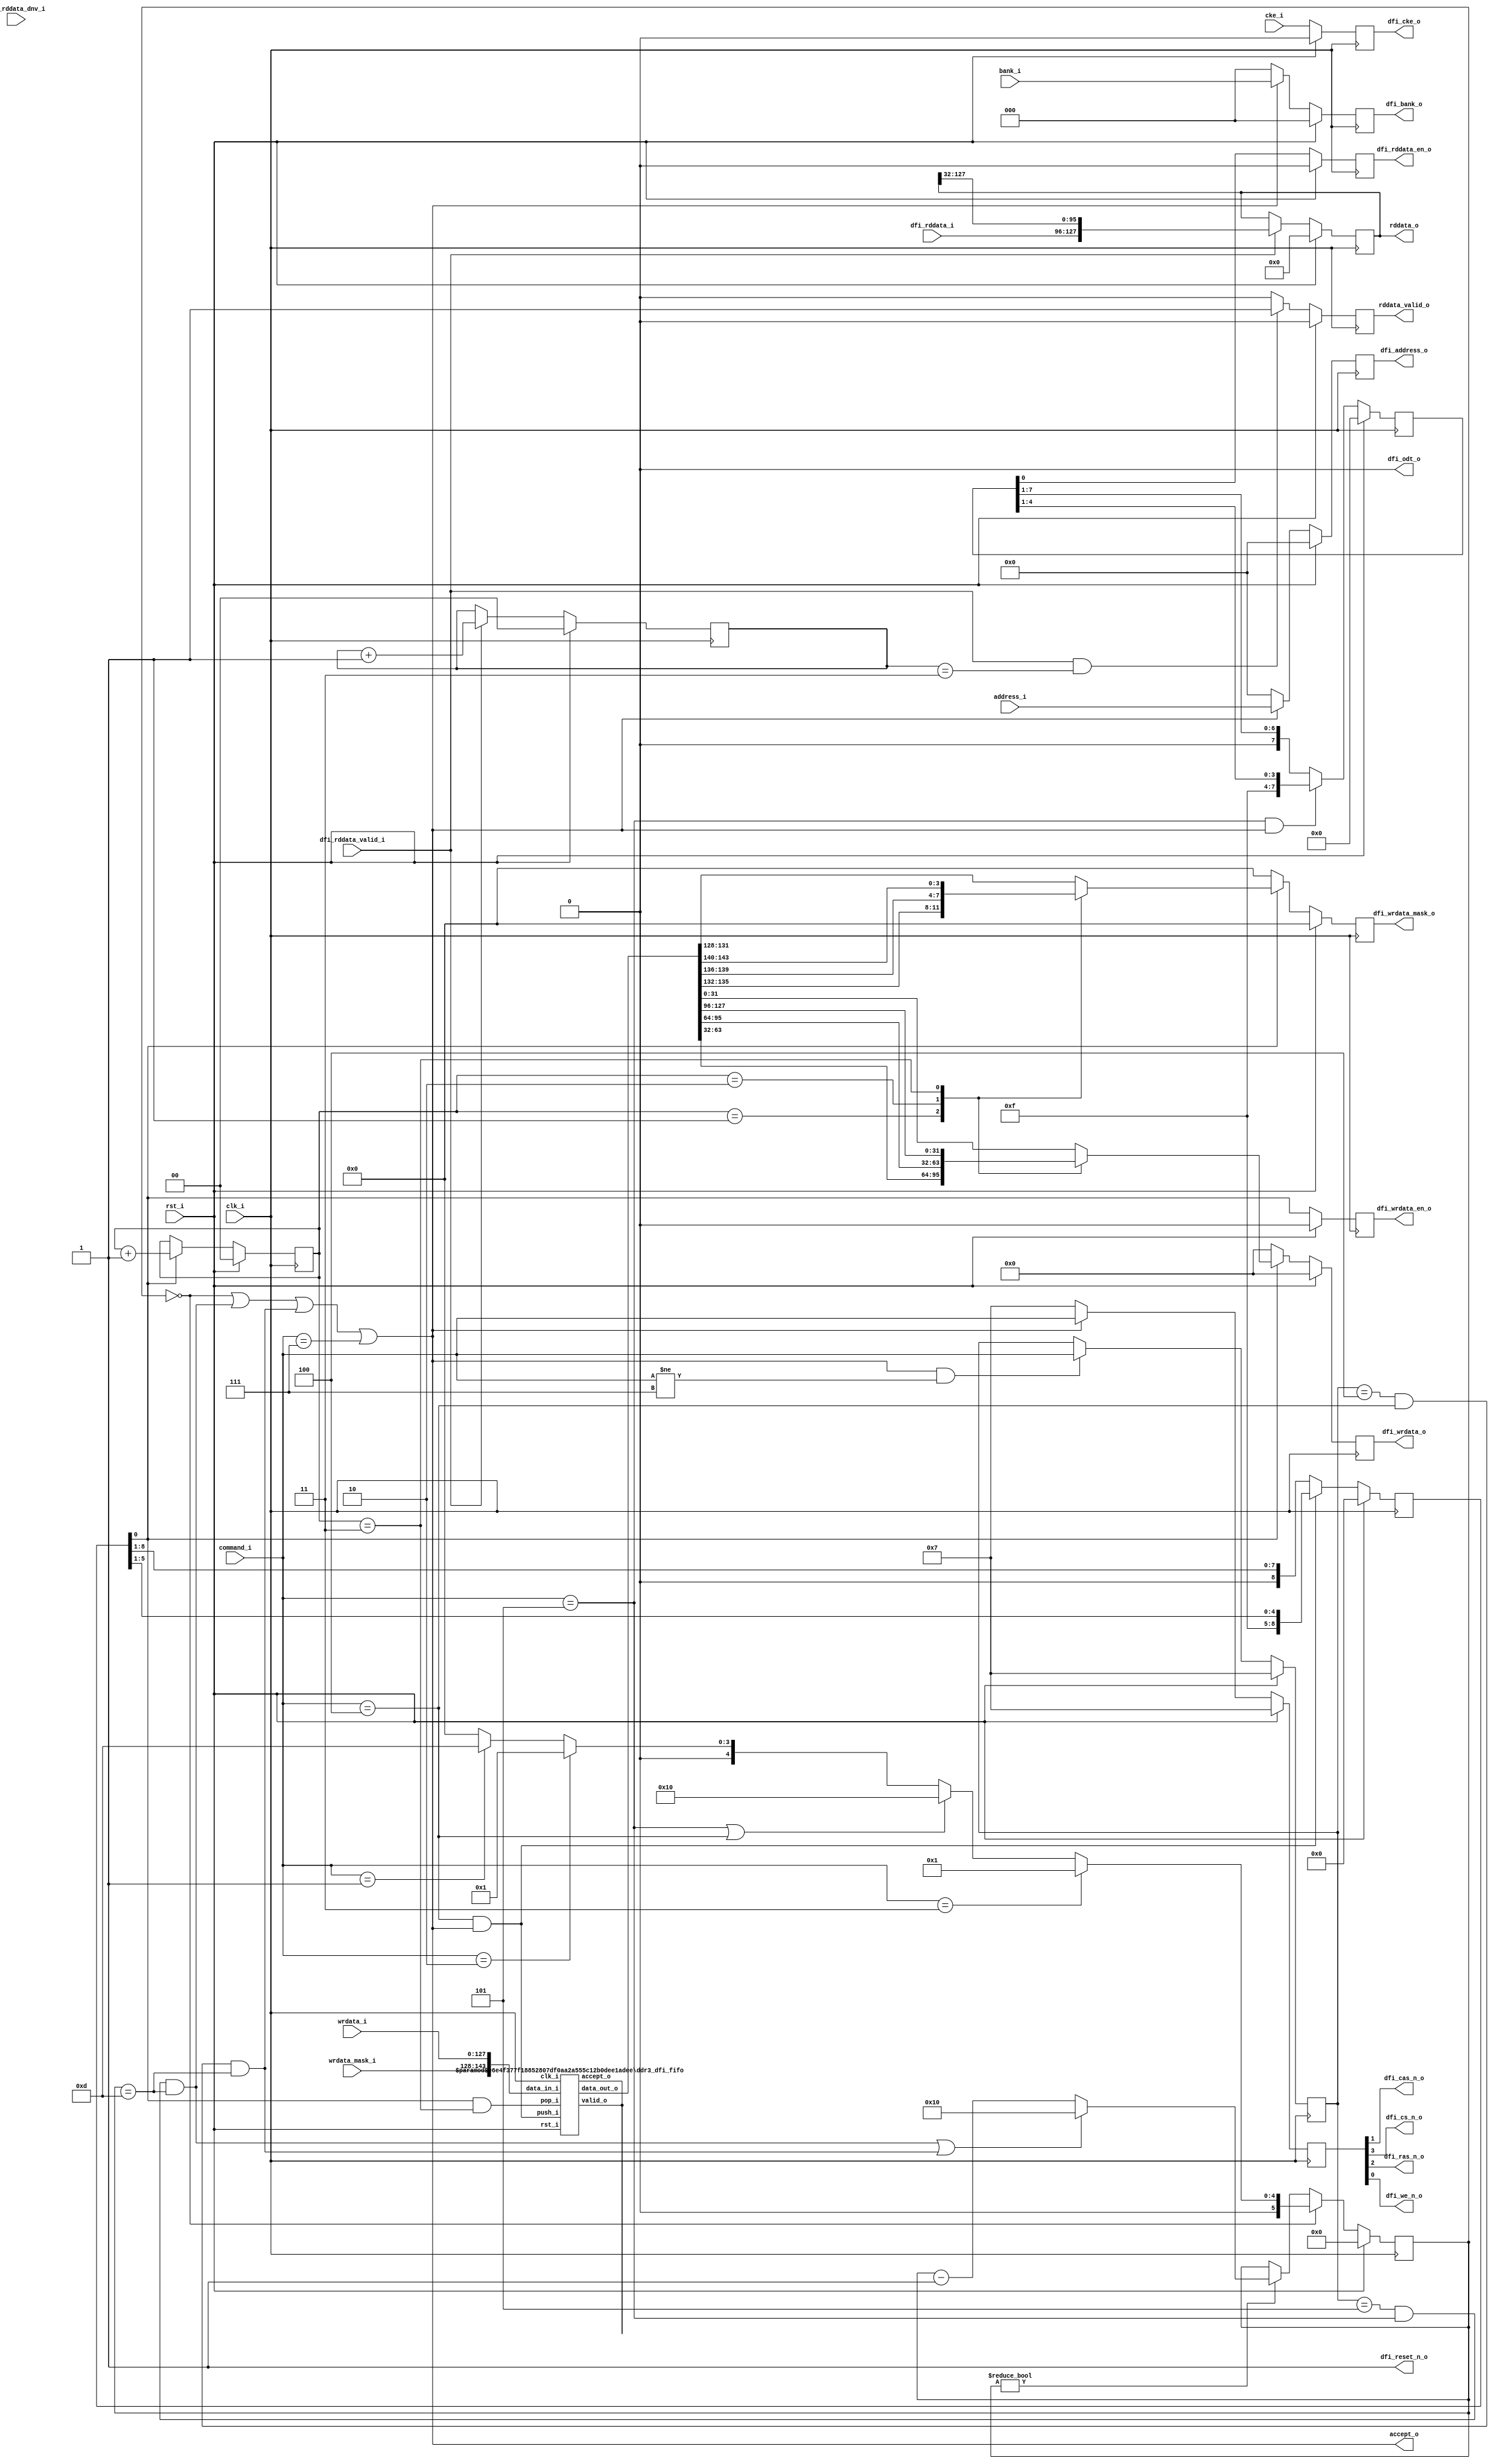
//-----------------------------------------------------------------
//              Lightweight DDR3 Memory Controller
//                            V0.5
//                     Ultra-Embedded.com
//                     Copyright 2020-21
//
//                   admin@ultra-embedded.com
//
//                     License: Apache 2.0
//-----------------------------------------------------------------
// Copyright 2020-21 Ultra-Embedded.com
// 
// Licensed under the Apache License, Version 2.0 (the "License");
// you may not use this file except in compliance with the License.
// You may obtain a copy of the License at
// 
//     http://www.apache.org/licenses/LICENSE-2.0
// 
// Unless required by applicable law or agreed to in writing, software
// distributed under the License is distributed on an "AS IS" BASIS,
// WITHOUT WARRANTIES OR CONDITIONS OF ANY KIND, either express or implied.
// See the License for the specific language governing permissions and
// limitations under the License.
//-----------------------------------------------------------------

module ddr3_dfi_seq
//-----------------------------------------------------------------
// Params
//-----------------------------------------------------------------
#(
     parameter DDR_MHZ          = 50
    ,parameter DDR_WRITE_LATENCY = 6
    ,parameter DDR_READ_LATENCY = 5
    ,parameter DDR_BURST_LEN    = 4
    ,parameter DDR_COL_W        = 9
    ,parameter DDR_BANK_W       = 3
    ,parameter DDR_ROW_W        = 15
    ,parameter DDR_DATA_W       = 32
    ,parameter DDR_DQM_W        = 4
)
//-----------------------------------------------------------------
// Ports
//-----------------------------------------------------------------
(
    // Inputs
     input           clk_i
    ,input           rst_i
    ,input  [ 14:0]  address_i
    ,input  [  2:0]  bank_i
    ,input  [  3:0]  command_i
    ,input           cke_i
    ,input  [127:0]  wrdata_i
    ,input  [ 15:0]  wrdata_mask_i
    ,input  [ 31:0]  dfi_rddata_i
    ,input           dfi_rddata_valid_i
    ,input  [  1:0]  dfi_rddata_dnv_i

    // Outputs
    ,output          accept_o
    ,output [127:0]  rddata_o
    ,output          rddata_valid_o
    ,output [ 14:0]  dfi_address_o
    ,output [  2:0]  dfi_bank_o
    ,output          dfi_cas_n_o
    ,output          dfi_cke_o
    ,output          dfi_cs_n_o
    ,output          dfi_odt_o
    ,output          dfi_ras_n_o
    ,output          dfi_reset_n_o
    ,output          dfi_we_n_o
    ,output [ 31:0]  dfi_wrdata_o
    ,output          dfi_wrdata_en_o
    ,output [  3:0]  dfi_wrdata_mask_o
    ,output          dfi_rddata_en_o
);



localparam CYCLE_TIME_NS     = 1000 / DDR_MHZ;

// DDR timing
localparam DDR_TRCD_CYCLES   = (15 + (CYCLE_TIME_NS-1)) / CYCLE_TIME_NS;
localparam DDR_TRP_CYCLES    = (15 + (CYCLE_TIME_NS-1)) / CYCLE_TIME_NS;
localparam DDR_TRFC_CYCLES   = (260 + (CYCLE_TIME_NS-1)) / CYCLE_TIME_NS;
localparam DDR_TWTR_CYCLES   = 5 + 1;

// Standard R/W -> W->R (non-sequential)
localparam DDR_RW_NONSEQ_CYCLES = DDR_WRITE_LATENCY + DDR_BURST_LEN + DDR_TWTR_CYCLES;
localparam DDR_RW_SEQ_CYCLES    = DDR_RW_NONSEQ_CYCLES + 1 - DDR_BURST_LEN;

localparam CMD_W             = 4;
localparam CMD_NOP           = 4'b0111;
localparam CMD_ACTIVE        = 4'b0011;
localparam CMD_READ          = 4'b0101;
localparam CMD_WRITE         = 4'b0100;
localparam CMD_ZQCL          = 4'b0110;
localparam CMD_PRECHARGE     = 4'b0010;
localparam CMD_REFRESH       = 4'b0001;
localparam CMD_LOAD_MODE     = 4'b0000;

localparam tPHY_WRLAT        = DDR_WRITE_LATENCY-1;
localparam tPHY_RDLAT        = DDR_READ_LATENCY-1;

localparam DELAY_W = 6;

reg [DELAY_W-1:0] delay_q;
reg [DELAY_W-1:0] delay_r;

//-----------------------------------------------------------------
// Write data FIFO
//-----------------------------------------------------------------
wire [127:0] wrdata_w;
wire [15:0]  wrdata_mask_w;
wire         write_pop_w;

ddr3_dfi_fifo
#(
     .WIDTH(144)
    ,.DEPTH(4)
    ,.ADDR_W(2)
)
u_write_fifo
(
     .clk_i(clk_i)
    ,.rst_i(rst_i)

    ,.push_i(command_i == CMD_WRITE && accept_o)
    ,.data_in_i({wrdata_mask_i, wrdata_i})
    ,.accept_o()

    ,.valid_o()
    ,.data_out_o({wrdata_mask_w, wrdata_w})
    ,.pop_i(write_pop_w)
);

//-----------------------------------------------------------------
// Last command
//-----------------------------------------------------------------
reg [CMD_W-1:0] last_cmd_q;
always @ (posedge clk_i )
if (rst_i)
    last_cmd_q       <= CMD_NOP;
else if (accept_o && command_i != CMD_NOP)
    last_cmd_q       <= command_i;

//-----------------------------------------------------------------
// Write accept
//-----------------------------------------------------------------
localparam CMD_ACCEPT_W = 9;
reg [CMD_ACCEPT_W-1:0] wr_accept_q;
always @ (posedge clk_i )
if (rst_i)
    wr_accept_q       <= {(CMD_ACCEPT_W){1'b0}};
else if (command_i == CMD_WRITE && delay_q == {DELAY_W{1'b0}})
    wr_accept_q       <= {1'b1, wr_accept_q[CMD_ACCEPT_W-1:1]};
else
    wr_accept_q       <= {1'b0, wr_accept_q[CMD_ACCEPT_W-1:1]};

wire read_early_accept_w  = (last_cmd_q == CMD_READ  && command_i == CMD_READ && delay_q == DDR_RW_SEQ_CYCLES);
wire write_early_accept_w = (last_cmd_q == CMD_WRITE && command_i == CMD_WRITE && delay_q == DDR_RW_SEQ_CYCLES);

assign accept_o  = (delay_q == {DELAY_W{1'b0}}) || read_early_accept_w || write_early_accept_w || (command_i == CMD_NOP);

//-----------------------------------------------------------------
// Write Enable
//-----------------------------------------------------------------
localparam WR_SHIFT_W = tPHY_WRLAT+DDR_BURST_LEN;
reg [WR_SHIFT_W-1:0] wr_en_q;
always @ (posedge clk_i )
if (rst_i)
    wr_en_q       <= {(WR_SHIFT_W){1'b0}};
else if (command_i == CMD_WRITE && accept_o)
    wr_en_q       <= {{(DDR_BURST_LEN){1'b1}}, wr_en_q[tPHY_WRLAT:1]};
else
    wr_en_q       <= {1'b0, wr_en_q[WR_SHIFT_W-1:1]};

wire wr_en_w = wr_en_q[0];

//-----------------------------------------------------------------
// Read Enable
//-----------------------------------------------------------------
localparam RD_SHIFT_W = tPHY_RDLAT+DDR_BURST_LEN;
reg [RD_SHIFT_W-1:0] rd_en_q;
always @ (posedge clk_i )
if (rst_i)
    rd_en_q       <= {(RD_SHIFT_W){1'b0}};
else if (command_i == CMD_READ && accept_o)
    rd_en_q       <= {{(DDR_BURST_LEN){1'b1}}, rd_en_q[tPHY_RDLAT:1]};
else
    rd_en_q       <= {1'b0, rd_en_q[RD_SHIFT_W-1:1]};

wire rd_en_w = rd_en_q[0];

//-----------------------------------------------------------------
// Delays
//-----------------------------------------------------------------
/* verilator lint_off WIDTH */

always @ *
begin
    delay_r = delay_q;

    if (delay_q == {DELAY_W{1'b0}})
    begin
        //-----------------------------------------
        // ACTIVATE
        //-----------------------------------------
        if (command_i == CMD_ACTIVE)
        begin
            // tRCD (ACTIVATE -> READ / WRITE)
            delay_r = DDR_TRCD_CYCLES;        
        end
        //-----------------------------------------
        // READ / WRITE
        //-----------------------------------------
        else if (command_i == CMD_READ || command_i == CMD_WRITE)
        begin
            delay_r = DDR_RW_NONSEQ_CYCLES;
        end
        //-----------------------------------------
        // PRECHARGE
        //-----------------------------------------
        else if (command_i == CMD_PRECHARGE)
        begin
            // tRP (PRECHARGE -> ACTIVATE)
            delay_r = DDR_TRP_CYCLES;
        end
        //-----------------------------------------
        // REFRESH
        //-----------------------------------------
        else if (command_i == CMD_REFRESH)
        begin
            // tRFC
            delay_r = DDR_TRFC_CYCLES;
        end
        //-----------------------------------------
        // Others
        //-----------------------------------------
        else
            delay_r = {DELAY_W{1'b0}};
    end
    else if (delay_r != {DELAY_W{1'b0}})
    begin
        delay_r = delay_q - 4'd1;

        // Read to Read, Write to Write
        if (read_early_accept_w || write_early_accept_w)
        begin
            delay_r = DDR_RW_NONSEQ_CYCLES;
        end
    end
end
/* verilator lint_on WIDTH */

always @ (posedge clk_i )
if (rst_i)
    delay_q <= {DELAY_W{1'b0}};
else
    delay_q <= delay_r;

//-----------------------------------------------------------------
// Drive Flops
//-----------------------------------------------------------------
reg [CMD_W-1:0]      command_q;
reg [DDR_ROW_W-1:0]  addr_q;
reg [DDR_BANK_W-1:0] bank_q;
reg                  cke_q;

always @ (posedge clk_i )
if (rst_i)
begin
    command_q       <= CMD_NOP;
    addr_q          <= {DDR_ROW_W{1'b0}};
    bank_q          <= {DDR_BANK_W{1'b0}};
end
else if (accept_o)
begin
    command_q       <= command_i;
    addr_q          <= address_i;
    bank_q          <= bank_i;
end
else
begin
    command_q       <= CMD_NOP;
    addr_q          <= {DDR_ROW_W{1'b0}};
    bank_q          <= {DDR_BANK_W{1'b0}};
end

always @ (posedge clk_i )
if (rst_i)
    cke_q           <= 1'b0; 
else
    cke_q           <= cke_i;

assign dfi_address_o     = addr_q;
assign dfi_bank_o        = bank_q;
assign dfi_cs_n_o        = command_q[3];
assign dfi_ras_n_o       = command_q[2];
assign dfi_cas_n_o       = command_q[1];
assign dfi_we_n_o        = command_q[0];
assign dfi_cke_o         = cke_q;
assign dfi_odt_o         = 1'b0;
assign dfi_reset_n_o     = 1'b1;

//-----------------------------------------------------------------
// Write Data
//-----------------------------------------------------------------
reg [DDR_DATA_W-1:0] dfi_wrdata_q;
reg [DDR_DQM_W-1:0]  dfi_wrdata_mask_q;
reg [1:0] dfi_wr_idx_q;

always @ (posedge clk_i )
if (rst_i)
begin
    dfi_wrdata_q        <= {DDR_DATA_W{1'b0}};
    dfi_wrdata_mask_q   <= {DDR_DQM_W{1'b0}};
    dfi_wr_idx_q        <= 2'b0;
end
else if (wr_en_w)
begin
    case (dfi_wr_idx_q)
    default: dfi_wrdata_q  <= wrdata_w[31:0];
    2'd1:    dfi_wrdata_q  <= wrdata_w[63:32];
    2'd2:    dfi_wrdata_q  <= wrdata_w[95:64];
    2'd3:    dfi_wrdata_q  <= wrdata_w[127:96];
    endcase

    case (dfi_wr_idx_q)
    default: dfi_wrdata_mask_q  <= wrdata_mask_w[3:0];
    2'd1:    dfi_wrdata_mask_q  <= wrdata_mask_w[7:4];
    2'd2:    dfi_wrdata_mask_q  <= wrdata_mask_w[11:8];
    2'd3:    dfi_wrdata_mask_q  <= wrdata_mask_w[15:12];
    endcase

    dfi_wr_idx_q <= dfi_wr_idx_q + 2'd1;
end
else
begin
    dfi_wrdata_q        <= {DDR_DATA_W{1'b0}};
    dfi_wrdata_mask_q   <= {DDR_DQM_W{1'b0}};
end

assign write_pop_w       = wr_en_w && (dfi_wr_idx_q == 2'd3);

assign dfi_wrdata_o      = dfi_wrdata_q;
assign dfi_wrdata_mask_o = dfi_wrdata_mask_q;

// Make sure dfi_wrdata_en is synchronous
reg dfi_wrdata_en_q;

always @ (posedge clk_i )
if (rst_i)
    dfi_wrdata_en_q <= 1'b0;
else
    dfi_wrdata_en_q <= wr_en_w;

assign dfi_wrdata_en_o   = dfi_wrdata_en_q;

// Make sure dfi_rddata_en is synchronous
reg dfi_rddata_en_q;

always @ (posedge clk_i )
if (rst_i)
    dfi_rddata_en_q <= 1'b0;
else
    dfi_rddata_en_q <= rd_en_w;

assign dfi_rddata_en_o   = dfi_rddata_en_q;

//-----------------------------------------------------------------
// Read Data
//-----------------------------------------------------------------
reg [1:0] dfi_rd_idx_q;

always @ (posedge clk_i )
if (rst_i)
    dfi_rd_idx_q <= 2'b0;
else if (dfi_rddata_valid_i)
    dfi_rd_idx_q <= dfi_rd_idx_q + 2'd1;

reg [127:0]  rd_data_q;

always @ (posedge clk_i )
if (rst_i)
    rd_data_q <= 128'b0;
else if (dfi_rddata_valid_i)
    rd_data_q <= {dfi_rddata_i, rd_data_q[127:32]};

reg rd_valid_q;
always @ (posedge clk_i )
if (rst_i)
    rd_valid_q <= 1'b0;
else if (dfi_rddata_valid_i && dfi_rd_idx_q == 2'd3)
    rd_valid_q <= 1'b1;
else
    rd_valid_q <= 1'b0;

assign rddata_valid_o    = rd_valid_q;
assign rddata_o          = rd_data_q;

//-----------------------------------------------------------------
// Simulation only
//-----------------------------------------------------------------
`ifdef verilator
reg [79:0] dbg_cmd;
always @ *
begin
    case (command_q)
    CMD_NOP:        dbg_cmd = "NOP";
    CMD_ACTIVE:     dbg_cmd = "ACTIVE";
    CMD_READ:       dbg_cmd = "READ";
    CMD_WRITE:      dbg_cmd = "WRITE";
    CMD_ZQCL:       dbg_cmd = "ZQCL";
    CMD_PRECHARGE:  dbg_cmd = "PRECHRG";
    CMD_REFRESH:    dbg_cmd = "REFRESH";
    CMD_LOAD_MODE:  dbg_cmd = "LOADMODE";
    default:        dbg_cmd = "UNKNOWN";
    endcase
end
`endif

endmodule

//-----------------------------------------------------------------
// FIFO
//-----------------------------------------------------------------
module ddr3_dfi_fifo

//-----------------------------------------------------------------
// Params
//-----------------------------------------------------------------
#(
    parameter WIDTH   = 144,
    parameter DEPTH   = 2,
    parameter ADDR_W  = 1
)
//-----------------------------------------------------------------
// Ports
//-----------------------------------------------------------------
(
    // Inputs
     input               clk_i
    ,input               rst_i
    ,input  [WIDTH-1:0]  data_in_i
    ,input               push_i
    ,input               pop_i

    // Outputs
    ,output [WIDTH-1:0]  data_out_o
    ,output              accept_o
    ,output              valid_o
);

//-----------------------------------------------------------------
// Local Params
//-----------------------------------------------------------------
localparam COUNT_W = ADDR_W + 1;

//-----------------------------------------------------------------
// Registers
//-----------------------------------------------------------------
reg [WIDTH-1:0]         ram [DEPTH-1:0];
reg [ADDR_W-1:0]        rd_ptr;
reg [ADDR_W-1:0]        wr_ptr;
reg [COUNT_W-1:0]       count;

//-----------------------------------------------------------------
// Sequential
//-----------------------------------------------------------------
always @ (posedge clk_i )
if (rst_i)
begin
    count   <= {(COUNT_W) {1'b0}};
    rd_ptr  <= {(ADDR_W) {1'b0}};
    wr_ptr  <= {(ADDR_W) {1'b0}};
end
else
begin
    // Push
    if (push_i & accept_o)
    begin
        ram[wr_ptr] <= data_in_i;
        wr_ptr      <= wr_ptr + 1;
    end

    // Pop
    if (pop_i & valid_o)
        rd_ptr      <= rd_ptr + 1;

    // Count up
    if ((push_i & accept_o) & ~(pop_i & valid_o))
        count <= count + 1;
    // Count down
    else if (~(push_i & accept_o) & (pop_i & valid_o))
        count <= count - 1;
end

//-------------------------------------------------------------------
// Combinatorial
//-------------------------------------------------------------------
/* verilator lint_off WIDTH */
assign accept_o   = (count != DEPTH);
assign valid_o    = (count != 0);
/* verilator lint_on WIDTH */

assign data_out_o = ram[rd_ptr];



endmodule